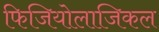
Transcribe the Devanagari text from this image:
फिजियोलाजिकल